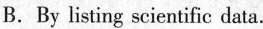
B.By listing scientific data.